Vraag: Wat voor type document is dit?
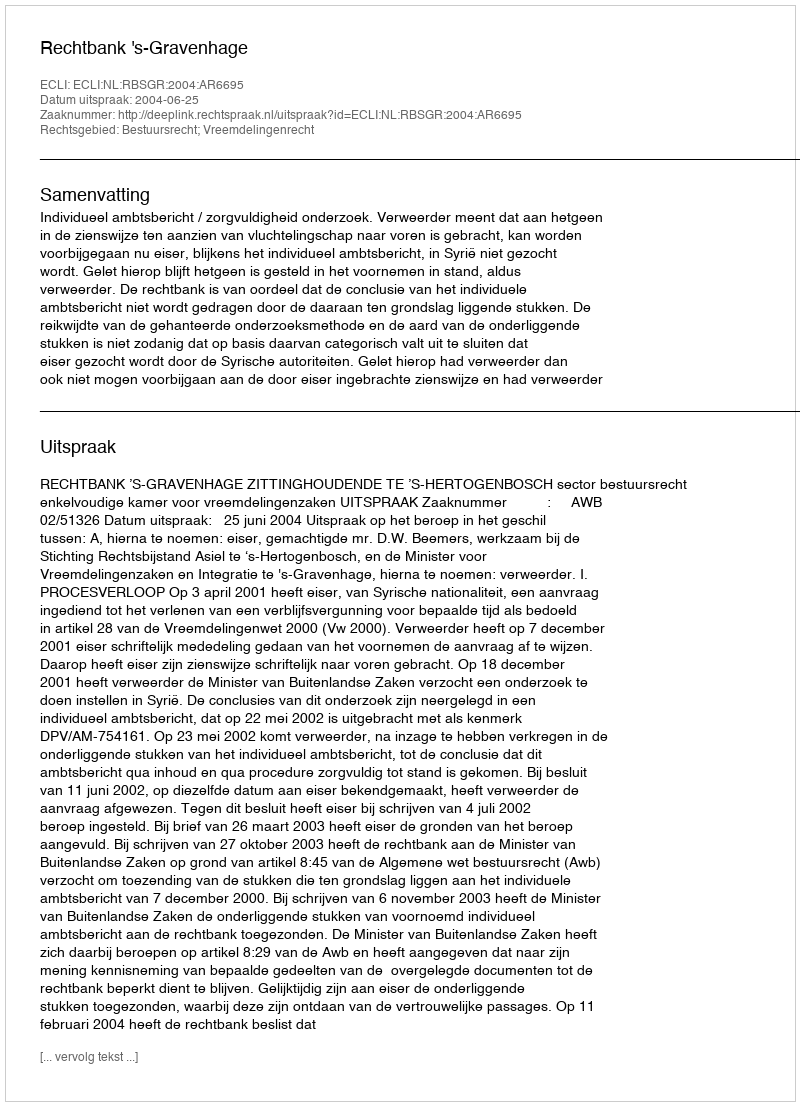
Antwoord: Uitspraak